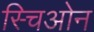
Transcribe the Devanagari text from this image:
स्चिओन